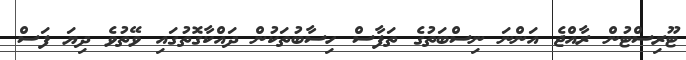
ޓޫރިސްޓުން ރާއްޖެ އަންނަ ނިސްބަތުގެ ތަފާސް ހިސާބުތަކުން ދައްކާގޮތުގައި ވޭތުވެ ދިޔަ ފަސް